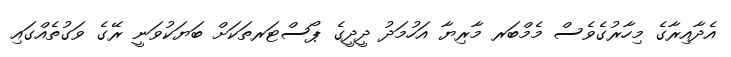
އެދާއިރާގެ މިހާރުގެވެސް މެމްބަރ މާރިޔާ އަހުމަދު ދީދީގެ ޕޯސްޓަރތަކަށް ބަޔަކުވަނީ ރޭގެ ވަގުތެއްގައި